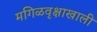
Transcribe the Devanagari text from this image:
मगिळवृक्षाखाली